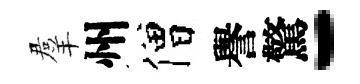
羣州僧譽驚-